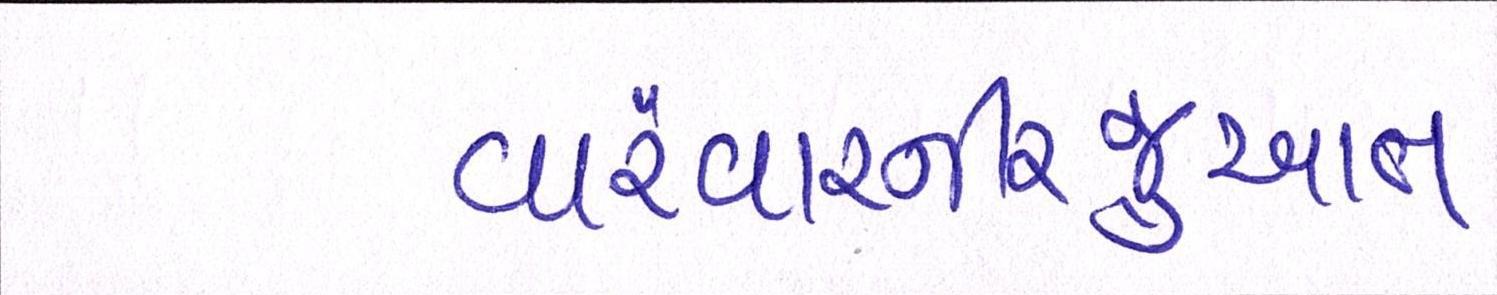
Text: વારંવારનીરજુઆત